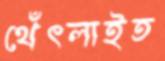
থেঁৎলাইত